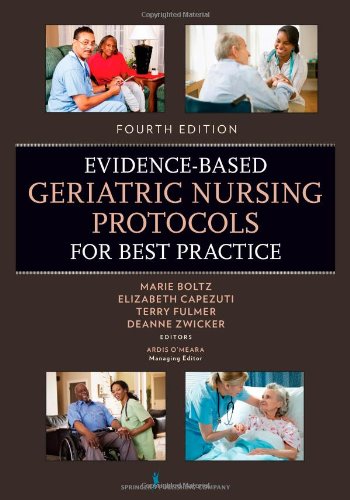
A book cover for Evidence-Based Geriatric Nursing Protocols for Best Practice: Fourth Edition (SPRINGER SERIES ON GERIATRIC NURSING); Medical Books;